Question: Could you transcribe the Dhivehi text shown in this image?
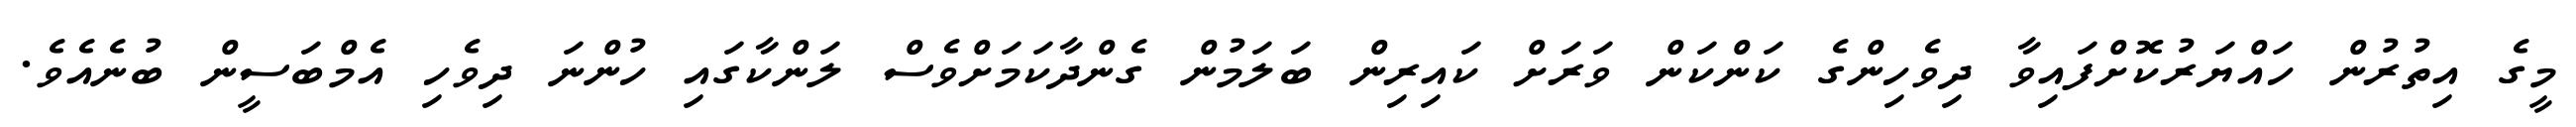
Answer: މީގެ އިތުރުން ހައްޔަރުކޮށްފައިވާ ދިވެހިންގެ ކަންކަން ވަރަށް ކައިރިން ބަލަމުން ގެންދާކަމަށްވެސް ލަންކާގައި ހުންނަ ދިވެހި އެމްބަސީން ބުނެއެވެ.